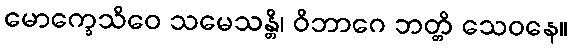
မောက္ခေသိဝေ သမေသန္တိ၊ ဝိဘာဂေ ဘတ္တိ သေဝနေ။